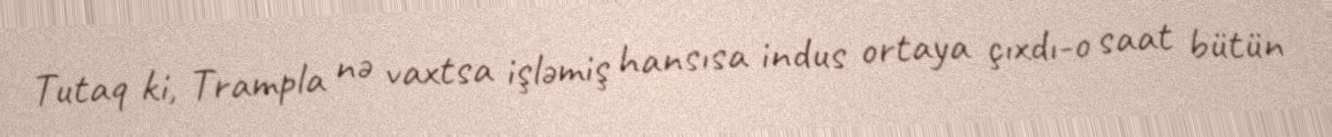
Tutaq ki, Trampla nə vaxtsa işləmiş hansısa indus ortaya çıxdı-o saat bütün